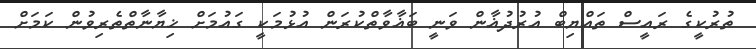
ތުރުކީގެ ރައީސް ތައްޔިބް އުރުދުޣާން ވަނީ ބަޣާވާތްކުރަން އުޅުމަކީ ގައުމަށް ޚިޔާނާތްތެރިވުން ކަމަށް